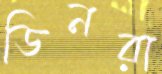
ডিনরা